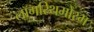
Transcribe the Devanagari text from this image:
लॉगरिथमोरम